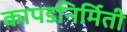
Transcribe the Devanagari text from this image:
कापडनिर्मिती